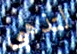
لتذهبي